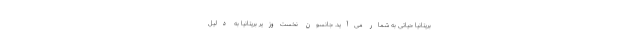
بریتانیا حیاتی به شمار می‌آید. جانسون نخست‌وزیر بریتانیا به دلیل